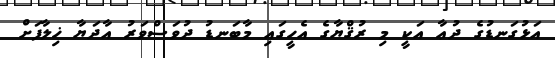
އަޅުގަނޑުގެ ދުޢާ އަކީ މި ރުޤްޔާގެ އެހީގައި މާބަނޑު ދުވަސްވަރު އާދަޔާ ޚިލާފަށް